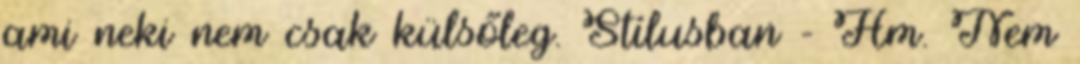
ami neki nem csak külsőleg. Stílusban - Hm. Nem